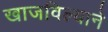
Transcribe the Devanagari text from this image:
खाजविल्याने